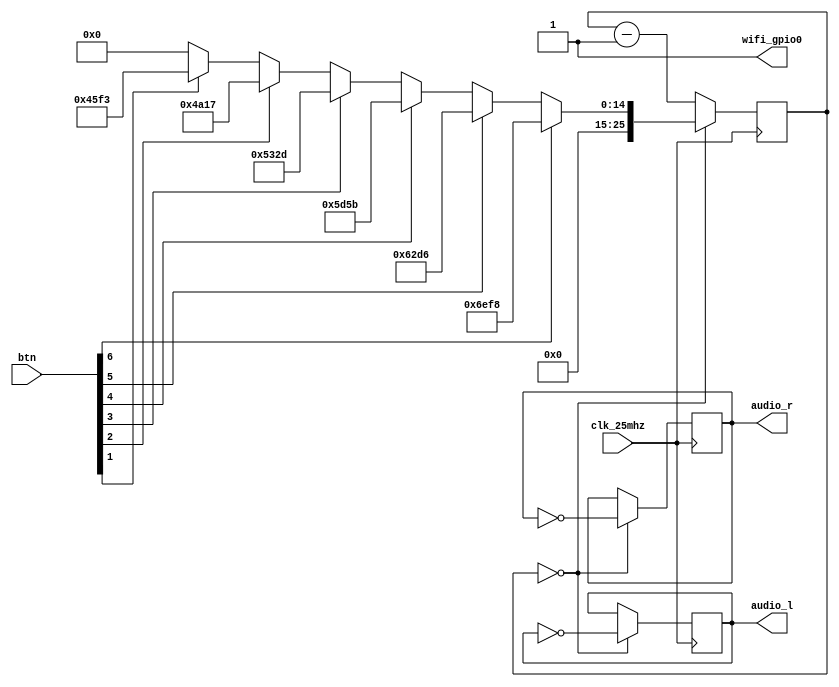
module audio(
    input clk_25mhz,
    output wifi_gpio0,
    input [6:0] btn,
    output reg [3:0] audio_l,
    output reg [3:0] audio_r);

parameter TONE_A4 = 25000000/440/2;
parameter TONE_B4 = 25000000/494/2;
parameter TONE_C5 = 25000000/523/2;
parameter TONE_D5 = 25000000/587/2;
parameter TONE_E5 = 25000000/659/2;
parameter TONE_F5 = 25000000/698/2;
parameter TONE_G5 = 25000000/783/2;

reg [25:0] counter;
initial 
begin
    audio_l = 0;
    audio_r = 0;  
    counter = 0;
end

always @(posedge clk_25mhz) 
    if(counter==26'b0) counter <= (btn[6] ? TONE_A4-1 : 
                               btn[5] ? TONE_B4-1 : 
                               btn[4] ? TONE_C5-1 : 
                               btn[3] ? TONE_D5-1 : 
                               btn[2] ? TONE_E5-1 : 
                               btn[1] ? TONE_F5-1 : 
                               0); else counter <= counter-1;

always @(posedge clk_25mhz) 
    if(counter==0)
    begin
        audio_l <= ~audio_l;
        audio_r <= ~audio_r;
    end

assign wifi_gpio0 = 1'b1;
endmodule